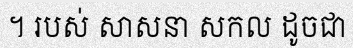
។ របស់ សាសនា សកល ដូចជា